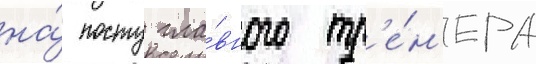
на́ посту гла́вного тр'е́н'ера